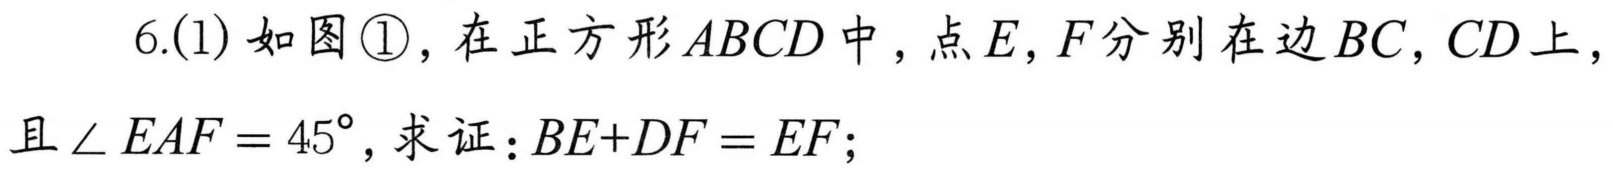
6.(1) 如图\textcircled{1}，在正方形\(ABCD\)中，点\(E,F\)分别在边\(BC,CD\)上，且\(\angle EAF = 45^{\circ}\)，求证：\(BE + DF = EF\)；